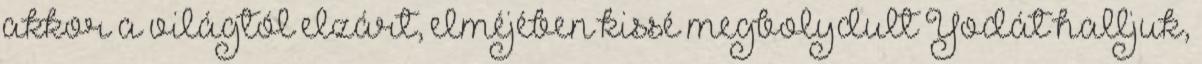
akkor a világtól elzárt, elméjében kissé megbolydult Yodát halljuk,